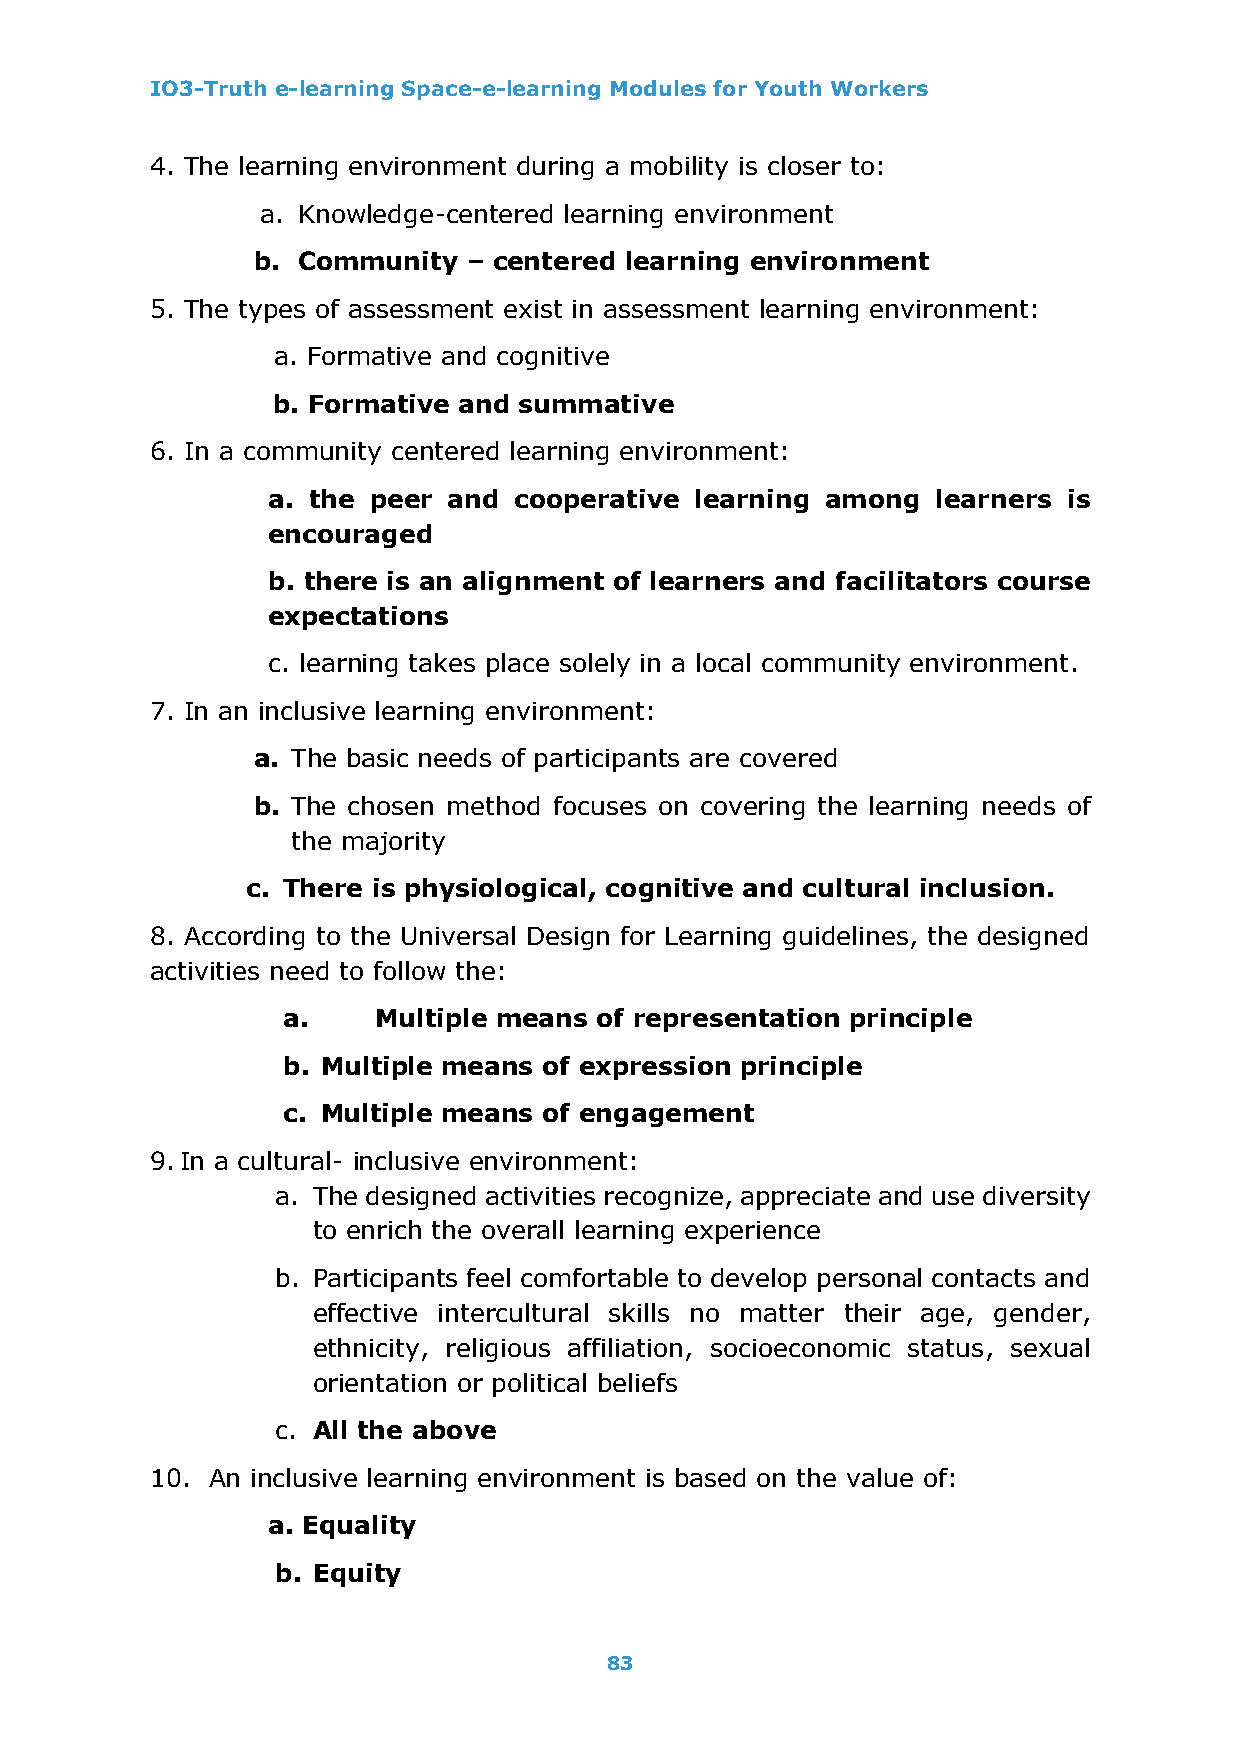
IO3-Truth e-learning Space-e-learning Modules for Youth Workers
 4. The learning environment during a mobility is closer to:
 a. Knowledge-centered learning environment
 b. Community  – centered learning environment
 5. The types of assessment exist in assessment learning environment:
 a. Formative and cognitive
 b. Formative and summative
 6. In a community centered learning environment:
 a. the peer and cooperative learning among  learners is
 encouraged
 b. there is an alignment of learners and facilitators course
 expectations
 c. learning takes place solely in a local community environment.
 7. In an inclusive learning environment:
 a. The basic needs of participants are covered
 b. The chosen method focuses on covering the learning needs of
 the majority
 c. There is physiological, cognitive and cultural inclusion.
 8. According to the Universal Design for Learning guidelines, the designed
 activities need to follow the:
 a.    Multiple means of representation principle
 b. Multiple means of expression principle
 c. Multiple means of engagement
 9. In a cultural- inclusive environment:
 a. The designed activities recognize, appreciate and use diversity
 to enrich the overall learning experience
 b. Participants feel comfortable to develop personal contacts and
 effective intercultural skills no matter their age, gender,
 ethnicity, religious affiliation, socioeconomic status, sexual
 orientation or political beliefs
 c. All the above
 10. An inclusive learning environment is based on the value of:
 a. Equality
 b. Equity
 83